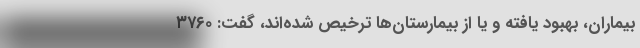
بیماران، بهبود یافته و یا از بیمارستان‌ها ترخیص شده‌اند، گفت: ۳۷۶۰